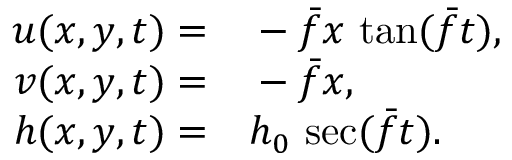
\begin{array} { r l } { u ( x , y , t ) = } & { { } - \bar { f } x \, \tan ( \bar { f } t ) , } \\ { v ( x , y , t ) = } & { { } - \bar { f } x , } \\ { h ( x , y , t ) = } & { { } h _ { 0 } \, \sec ( \bar { f } t ) . } \end{array}